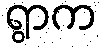
ရွာက